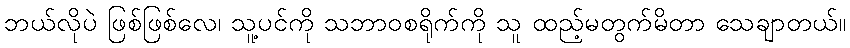
ဘယ်လိုပဲ ဖြစ်ဖြစ်လေ၊ သူ့ပင်ကို သဘာဝစရိုက်ကို သူ ထည့်မတွက်မိတာ သေချာတယ်။